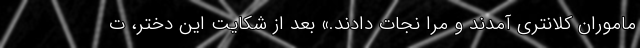
ماموران کلانتری آمدند و مرا نجات دادند.» بعد از شکایت این دختر، ت